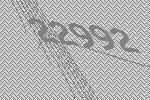
22992